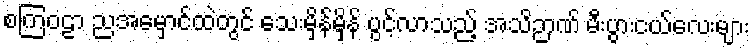
စကြဝဠာ ညအမှောင်ထဲတွင် သေးမှိန်မှိန် ပွင့်လာသည့် အသိဉာဏ် မီးပွားငယ်လေးများ